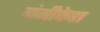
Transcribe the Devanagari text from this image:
गंमीफेरा